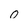
Character: 0